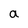
Character: a